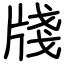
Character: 牋